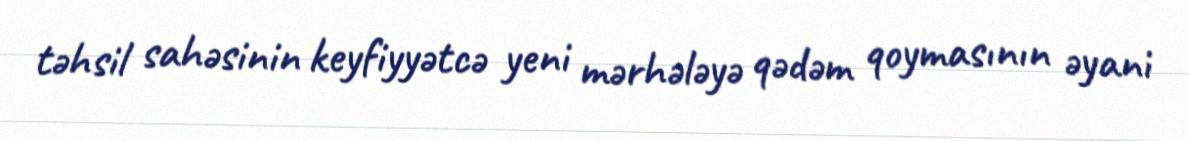
təhsil sahəsinin keyfiyyətcə yeni mərhələyə qədəm qoymasının əyani